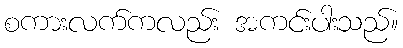
စကားလက်ကလည်း အကင်းပါးသည်။